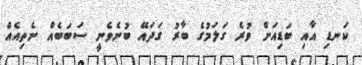
ކަނޑި އާއި ބަޑިއަށް ވުރެ ގަލަމުގެ ބާރު ގަދައޭ ބުނެވެނީ ސަބަބެއް ނެތިއެއް